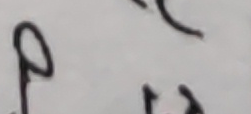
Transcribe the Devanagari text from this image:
प